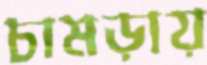
চামড়ায়